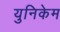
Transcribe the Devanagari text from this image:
युनिकेम